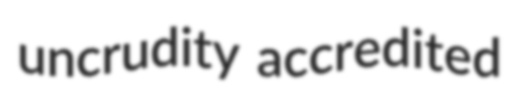
uncrudity accredited